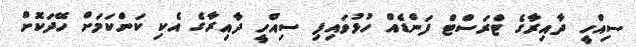
ސިއްހީ ދާއިރާގެ ޓްރަސްޓް ފަންޑެއް ހުޅުވައިފި ސިއްހީ ދާއިރާގެ އެކި ކަންކަމަށް ހޭދަކޮށް